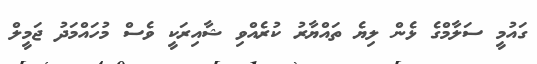
ގައުމީ ސަލާމްގެ ޅެން ލިޔެ ތައްޔާރު ކުރެއްވި ޝާއިރަކީ ވެސް މުހައްމަދު ޖަމީލް